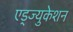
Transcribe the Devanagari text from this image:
एड्ज्युकेशन